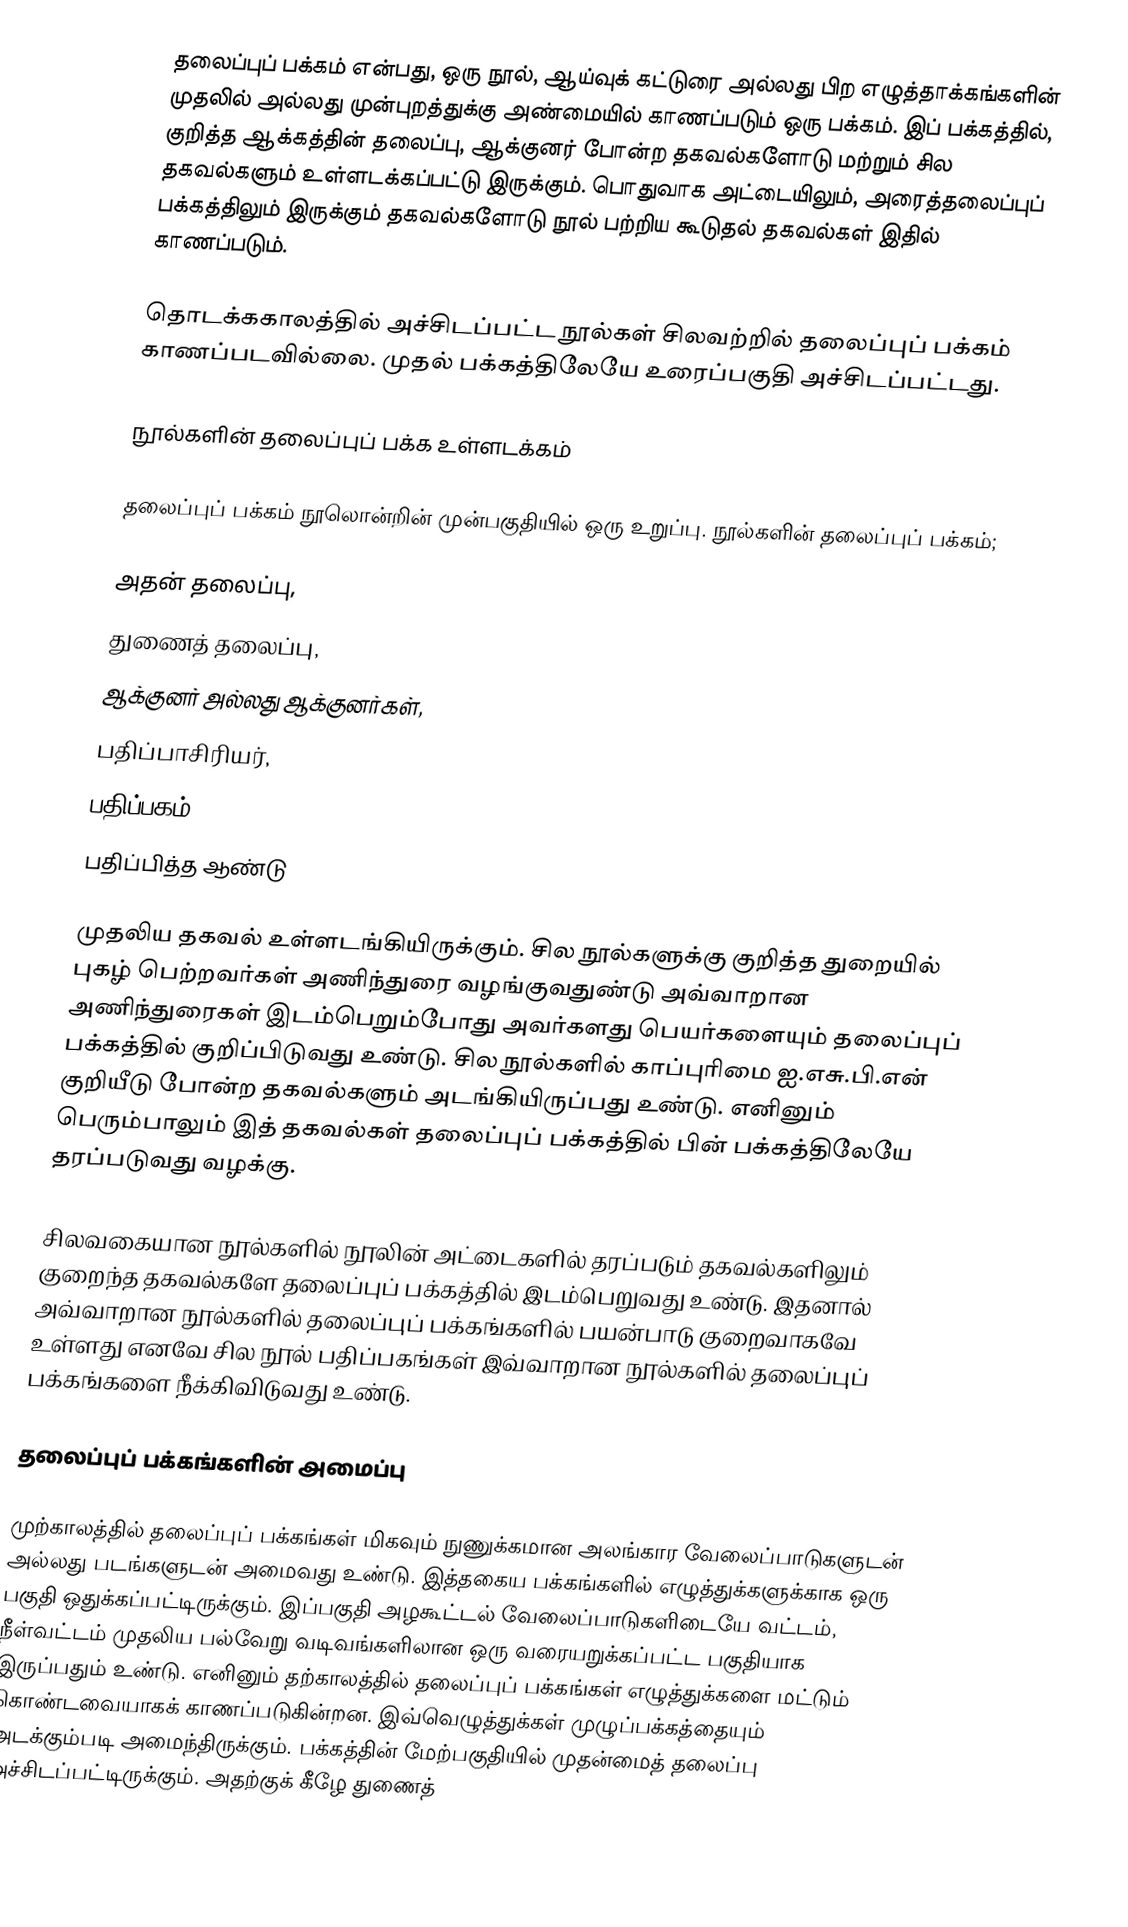
தலைப்புப் பக்கம் என்பது, ஒரு நூல், ஆய்வுக் கட்டுரை அல்லது பிற எழுத்தாக்கங்களின் முதலில் அல்லது முன்புறத்துக்கு அண்மையில் காணப்படும் ஒரு பக்கம். இப் பக்கத்தில், குறித்த ஆக்கத்தின் தலைப்பு, ஆக்குனர் போன்ற தகவல்களோடு மற்றும் சில தகவல்களும் உள்ளடக்கப்பட்டு இருக்கும். பொதுவாக அட்டையிலும், அரைத்தலைப்புப் பக்கத்திலும் இருக்கும் தகவல்களோடு நூல் பற்றிய கூடுதல் தகவல்கள் இதில் காணப்படும்.

தொடக்ககாலத்தில் அச்சிடப்பட்ட நூல்கள் சிலவற்றில் தலைப்புப் பக்கம் காணப்படவில்லை. முதல் பக்கத்திலேயே உரைப்பகுதி அச்சிடப்பட்டது.

நூல்களின் தலைப்புப் பக்க உள்ளடக்கம்

தலைப்புப் பக்கம் நூலொன்றின் முன்பகுதியில் ஒரு உறுப்பு. நூல்களின் தலைப்புப் பக்கம்;

 அதன் தலைப்பு,
 துணைத் தலைப்பு,
 ஆக்குனர் அல்லது ஆக்குனர்கள்,
 பதிப்பாசிரியர்,
 பதிப்பகம்,
 பதிப்பித்த ஆண்டு

முதலிய தகவல் உள்ளடங்கியிருக்கும். சில நூல்களுக்கு குறித்த துறையில் புகழ் பெற்றவர்கள் அணிந்துரை வழங்குவதுண்டு அவ்வாறான அணிந்துரைகள் இடம்பெறும்போது அவர்களது பெயர்களையும் தலைப்புப் பக்கத்தில் குறிப்பிடுவது உண்டு. சில நூல்களில் காப்புரிமை ஐ.எசு.பி.என் குறியீடு போன்ற தகவல்களும் அடங்கியிருப்பது உண்டு. எனினும் பெரும்பாலும் இத் தகவல்கள் தலைப்புப் பக்கத்தில் பின் பக்கத்திலேயே தரப்படுவது வழக்கு.

சிலவகையான நூல்களில் நூலின் அட்டைகளில் தரப்படும் தகவல்களிலும் குறைந்த தகவல்களே தலைப்புப் பக்கத்தில் இடம்பெறுவது உண்டு. இதனால் அவ்வாறான நூல்களில் தலைப்புப் பக்கங்களில் பயன்பாடு குறைவாகவே உள்ளது எனவே சில நூல் பதிப்பகங்கள் இவ்வாறான நூல்களில் தலைப்புப் பக்கங்களை நீக்கிவிடுவது உண்டு.

தலைப்புப் பக்கங்களின் அமைப்பு

முற்காலத்தில் தலைப்புப் பக்கங்கள் மிகவும் நுணுக்கமான அலங்கார வேலைப்பாடுகளுடன் அல்லது படங்களுடன் அமைவது உண்டு. இத்தகைய பக்கங்களில் எழுத்துக்களுக்காக ஒரு பகுதி ஒதுக்கப்பட்டிருக்கும். இப்பகுதி அழகூட்டல் வேலைப்பாடுகளிடையே வட்டம், நீள்வட்டம் முதலிய பல்வேறு வடிவங்களிலான ஒரு வரையறுக்கப்பட்ட பகுதியாக இருப்பதும் உண்டு. எனினும் தற்காலத்தில் தலைப்புப் பக்கங்கள் எழுத்துக்களை மட்டும் கொண்டவையாகக் காணப்படுகின்றன. இவ்வெழுத்துக்கள் முழுப்பக்கத்தையும் அடக்கும்படி அமைந்திருக்கும். பக்கத்தின் மேற்பகுதியில் முதன்மைத் தலைப்பு அச்சிடப்பட்டிருக்கும். அதற்குக் கீழே துணைத்